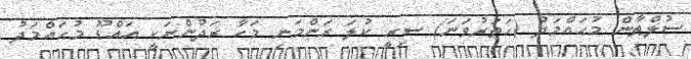
ސުލްޠާން މުޙައްމަދު (ހަތަރުވަނަ) ސިރީ ކުލަ ރަންމަނި މަހާ ރަދުންނަކީ އައްޑޫ މުޙައްމަދު